Report of the Bombay Plague Committee
Disease focus: Plague
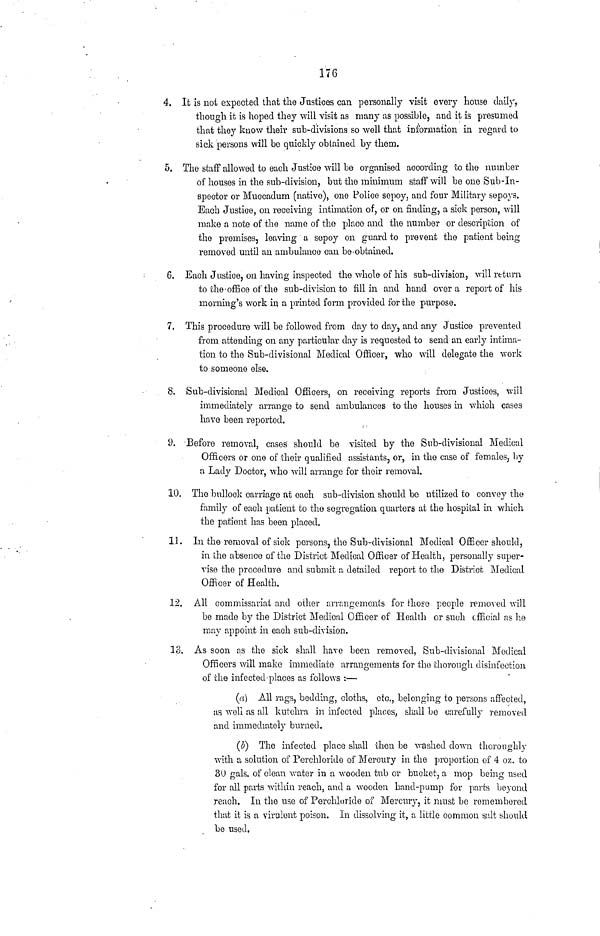
176
4. It is not expected that the Justices can personally visit every house daily,
though it is hoped they will visit as many as possible, and it is presumed
that they know their sub-divisions so well that information in regard to
sick persons will be quickly obtained by them,
5. The staff allowed to each Justice will be organised according to the number
of houses in the sub-division, but the minimum staff will be one Sub-In-
spector or Muccaclum (native), one Police sepoy, and four Military sepoys.
Each Justice, on receiving intimation of, or on finding, a sick person, will
make a note of the name of the place and the number or description of
the premises, leaving a sepoy on guard to prevent the patient being
removed until an ambulance can be-obtained.
6. Each Justice, on having inspected the whole of his sub-division, will return
to the office of the sub-division to fill in and hand over a report of his
morning's work in a printed form provided for the purpose.
7. This procedure wall be followed from day to day, and any Justice prevented
from attending on any particular day is requested to send an early intima-
tion to the Sub-divisional Medical Officer, who will delegate the work
to someone else.
8. Sub-divisional Medical Officers, on receiving reports from Justices, will
immediately arrange to send ambulances to the houses in which cases
have been reported.
9. Before removal, cases should be visited by the Sub-divisional Medical
Officers or one of their qualified assistants, or, in the case of females, by
a Lady Doctor, who will arrange for their removal.
10. The bullock carriage at each sub-division should be utilized to convoy the
family of each patient to the segregation quarters at the hospital in which
the patient has been placed.
11. In the removal of sick persons, the Sub-divisional Medical Officer should,
in ihe absence of the District Medical Officer of Health, personally super-
vise the procedure and submit a detailed report to the District Medical
Officer of Health.
12. All commissariat and other arrangements for those people removed will
be made by the District Medical Officer of Health or such official as he
may appoint in each sub-division.
13. As soon as the sick shall have been removed, Sub-divisional Medical
Officers will make immediate arrangements for the thorough disinfection
of the infected-places as follows :—
(a) All rags, bedding, cloths, etc., belonging to persons affected,
as well as all kutchrn in infected places, shall be carefully removed
and immediately burned,
(£) The infected place shall then be washed down thoroughly
with a solution of Perchloride of Mercury in the proportion of 4 oz. to
30 gals, of clean water in a wooden tub or bucket, a mop being used
for all parts within reach, and a wooden hand-pump for parts beyond
reach. In the use of Perchloride of Mercury, it must be remembered
that it is a virulent poison. In dissolving it, a little common suit should
be used.